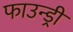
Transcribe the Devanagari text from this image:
फाउन्ड्री